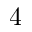
4